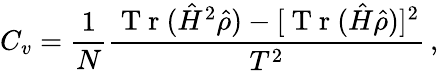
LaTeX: C_{v}=\frac{1}{N}\frac{\mathrm{~T~r~}(\hat{H}^{2}\hat{\rho})-[\mathrm{~T~r~}(\hat{H}\hat{\rho})]^{2}}{T^{2}}\, ,